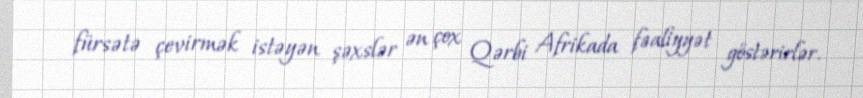
fürsətə çevirmək istəyən şəxslər ən çox Qərbi Afrikada fəaliyyət göstərirlər.